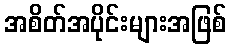
အစိတ်အပိုင်းများအဖြစ်